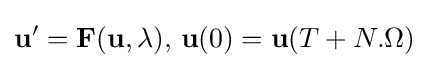
\mathbf {u} '=\mathbf {F} (\mathbf {u} ,\lambda ),\,\mathbf {u} (0)=\mathbf {u} (T+N.\Omega )